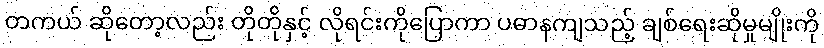
တကယ် ဆိုတော့လည်း တိုတိုနှင့် လိုရင်းကိုပြောကာ ပဓာနကျသည့် ချစ်ရေးဆိုမှုမျိုးကို